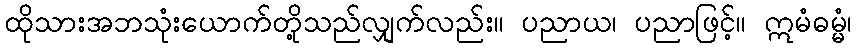
ထိုသားအဘသုံးယောက်တို့သည်လျှက်လည်း။ ပညာယ၊ ပညာဖြင့်။ ဣမံဓမ္မံ၊